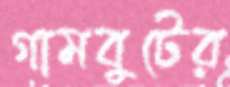
গামবুটের